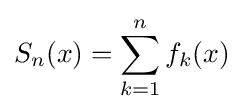
S_{n}(x)=\sum _{k=1}^{n}f_{k}(x)